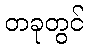
တခုတွင်